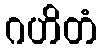
ဂဟိတံ